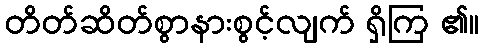
တိတ်ဆိတ်စွာနားစွင့်လျက် ရှိကြ ၏။